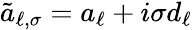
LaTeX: \tilde{a}_{\ell,\sigma}=a_{\ell}+i\sigma d_{\ell}